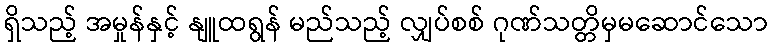
ရှိသည့် အမှုန်နှင့် နျူထရွန် မည်သည့် လျှပ်စစ် ဂုဏ်သတ္တိမှမဆောင်သော